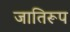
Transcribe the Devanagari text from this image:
जातिरूप